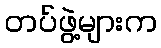
တပ်ဖွဲ့များက